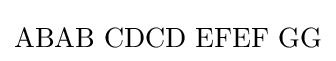
\mathrm {ABAB\,\,CDCD\,\,EFEF\,\,GG}